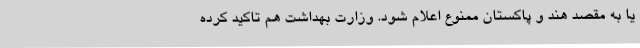
یا به مقصد هند و پاکستان ممنوع اعلام شود. وزارت بهداشت هم تاکید کرده